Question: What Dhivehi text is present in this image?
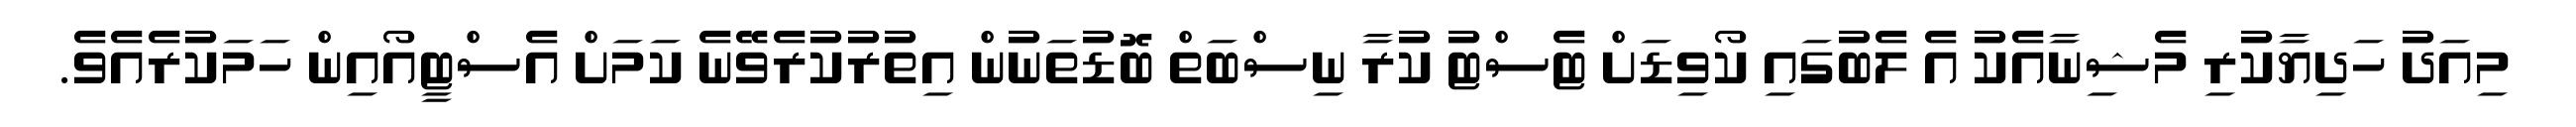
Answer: މިއަދު ހަދިޔާކުރި މެޝިނާއެކު އެ ލެބުގައި ކޯވިޑަށް ޓެސްޓު ކުރާ ނިސްބަތް ބޮޑުތަނުން އިތުރުކުރެވޭނެ ކަމަށް އެސްޓީއޯއިން ހަމަކުރެއެވެ.